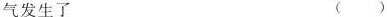
气发生了 ( )